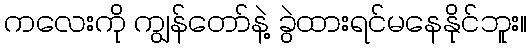
ကလေးကို ကျွန်တော်နဲ့ ခွဲထားရင်မနေနိုင်ဘူး။